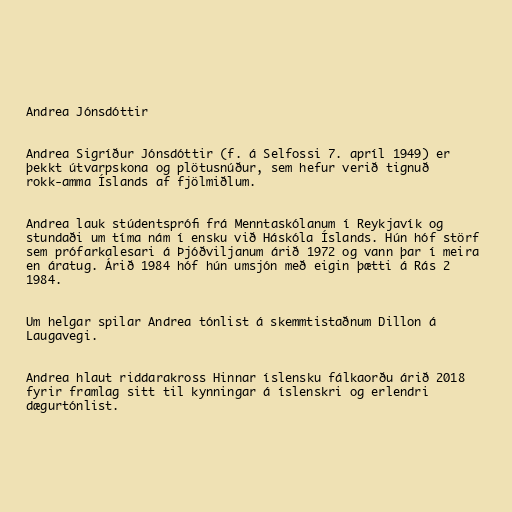
Andrea Jónsdóttir

Andrea Sigríður Jónsdóttir (f. á Selfossi 7. apríl 1949) er
þekkt útvarpskona og plötusnúður, sem hefur verið tignuð
rokk-amma Íslands af fjölmiðlum.

Andrea lauk stúdentsprófi frá Menntaskólanum í Reykjavík og
stundaði um tíma nám í ensku við Háskóla Íslands. Hún hóf störf
sem prófarkalesari á Þjóðviljanum árið 1972 og vann þar í meira
en áratug. Árið 1984 hóf hún umsjón með eigin þætti á Rás 2
1984.

Um helgar spilar Andrea tónlist á skemmtistaðnum Dillon á
Laugavegi.

Andrea hlaut riddarakross Hinnar íslensku fálkaorðu árið 2018
fyrir framlag sitt til kynningar á íslenskri og erlendri
dægurtónlist.